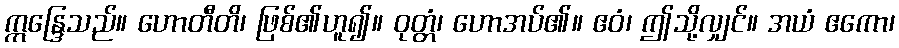
ဣန္ဒြေသည်။ ဟောတီတိ၊ ဖြစ်၏ဟူ၍။ ဝုတ္တံ၊ ဟောအပ်၏။ ဧဝံ၊ ဤသို့လျှင်။ အယံ ဧကော၊